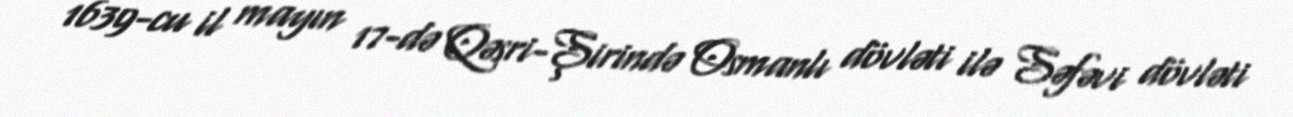
1639-cu il mayın 17-də Qəsri-Şirində Osmanlı dövləti ilə Səfəvi dövləti